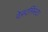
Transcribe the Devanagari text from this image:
वेस्टमिंस्टा